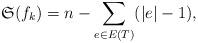
LaTeX: \begin{align*} \mathfrak{S}(f_k)=n-\sum_{e\in E(T)}(|e|-1),\end{align*}